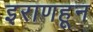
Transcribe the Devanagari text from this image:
इराणहून